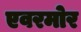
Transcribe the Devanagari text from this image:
एवरमोर